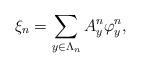
LaTeX: \begin{align*} \xi_n = \sum_{y\in\Lambda_n} A^n_y\varphi^n_y,\end{align*}